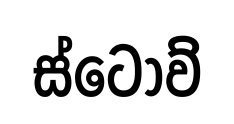
ස්ටොව්